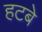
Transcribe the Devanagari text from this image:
हटबे